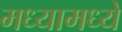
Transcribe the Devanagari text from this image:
मध्यामध्ये